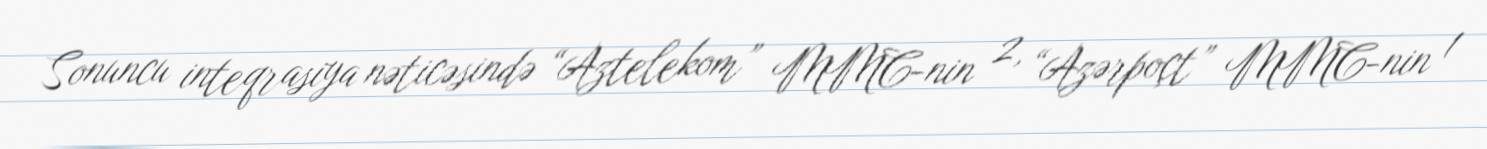
Sonuncu inteqrasiya nəticəsində “Aztelekom” MMC-nin 2, “Azərpoçt” MMC-nin 1